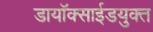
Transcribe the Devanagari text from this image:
डायॉक्साईडयुक्त